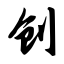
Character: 创